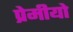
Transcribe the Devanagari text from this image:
प्रेमीयो